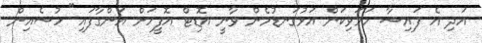
އަދި އެ ފައިސާ ހަމަވިކަން އަޅުގަނޑުމެން ވާނީ އޮޑިޓް އޮފީހަށް އަންގާފައި" ހުސެއިން